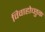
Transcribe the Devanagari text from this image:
विवाहोच्छुक